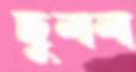
ছুলল